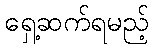
ရှေ့ဆက်ရမည့်